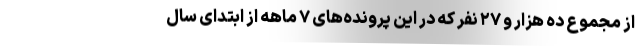
از مجموع ده هزار و ۲۷ نفر که در این پرونده‌های ۷ ماهه از ابتدای سال